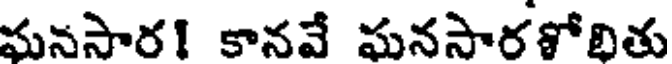
ఘనసార! కానవే ఘనసారళోభితు